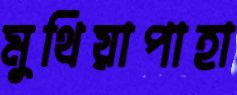
মুথিয়াপাহা